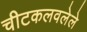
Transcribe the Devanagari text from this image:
चीटकलवलेले